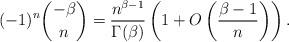
LaTeX: \begin{align*} (-1)^{n}\binom{-\beta}{n}=\frac{n^{\beta-1}}{\Gamma(\beta)}\left(1+O\left(\frac{\beta-1}{n}\right)\right). \end{align*}